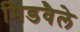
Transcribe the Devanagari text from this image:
मिडवैले